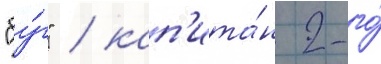
"бу́г" / кап'ита́н 2-го́